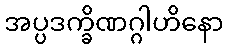
အပ္ပဒက္ခိဏဂ္ဂါဟိနော